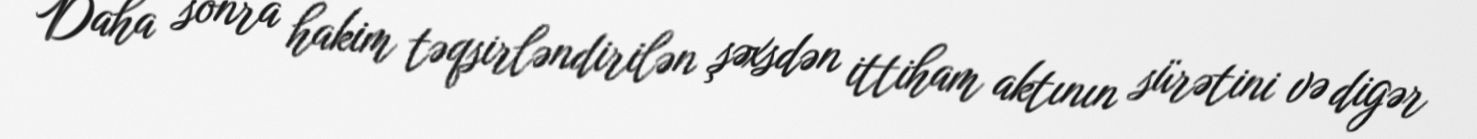
Daha sonra hakim təqsirləndirilən şəxsdən ittiham aktının sürətini və digər